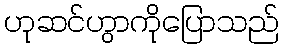
ဟုဆင်ဟွာကိုပြောသည်